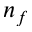
n _ { f }